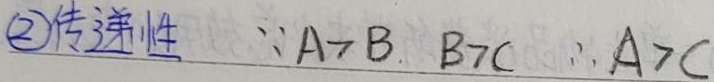
\textcircled{2}传递性  \(\because A > B,\ B > C\ \therefore A > C\)